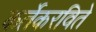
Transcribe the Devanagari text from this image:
कर्तेकरविते